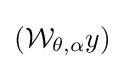
({\mathcal {W}}_{\theta ,\alpha }y)